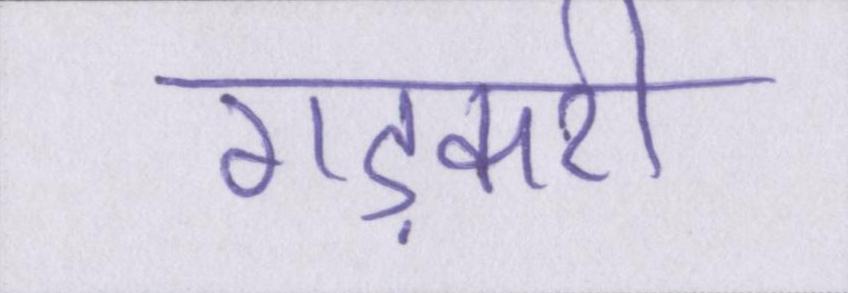
गड़करी